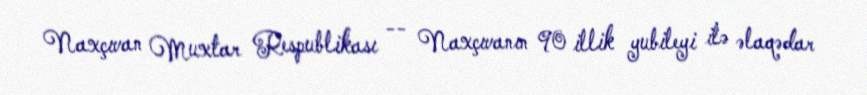
Naxçıvan Muxtar Respublikası -- Naxçıvanın 90 illik yubileyi ilə əlaqədar